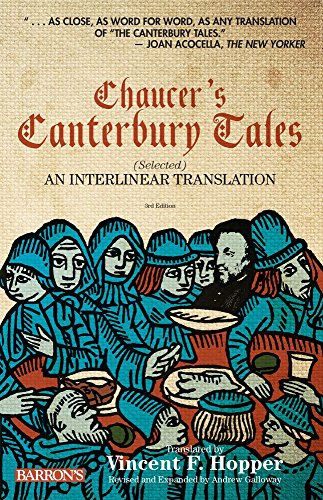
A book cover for Chaucer's Canterbury Tales (Selected): An Interlinear Translation; Geoffrey Chaucer; Christian Books & Bibles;